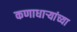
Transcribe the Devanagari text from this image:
कणाधाऱ्यांच्या